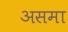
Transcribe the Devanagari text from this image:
असमा